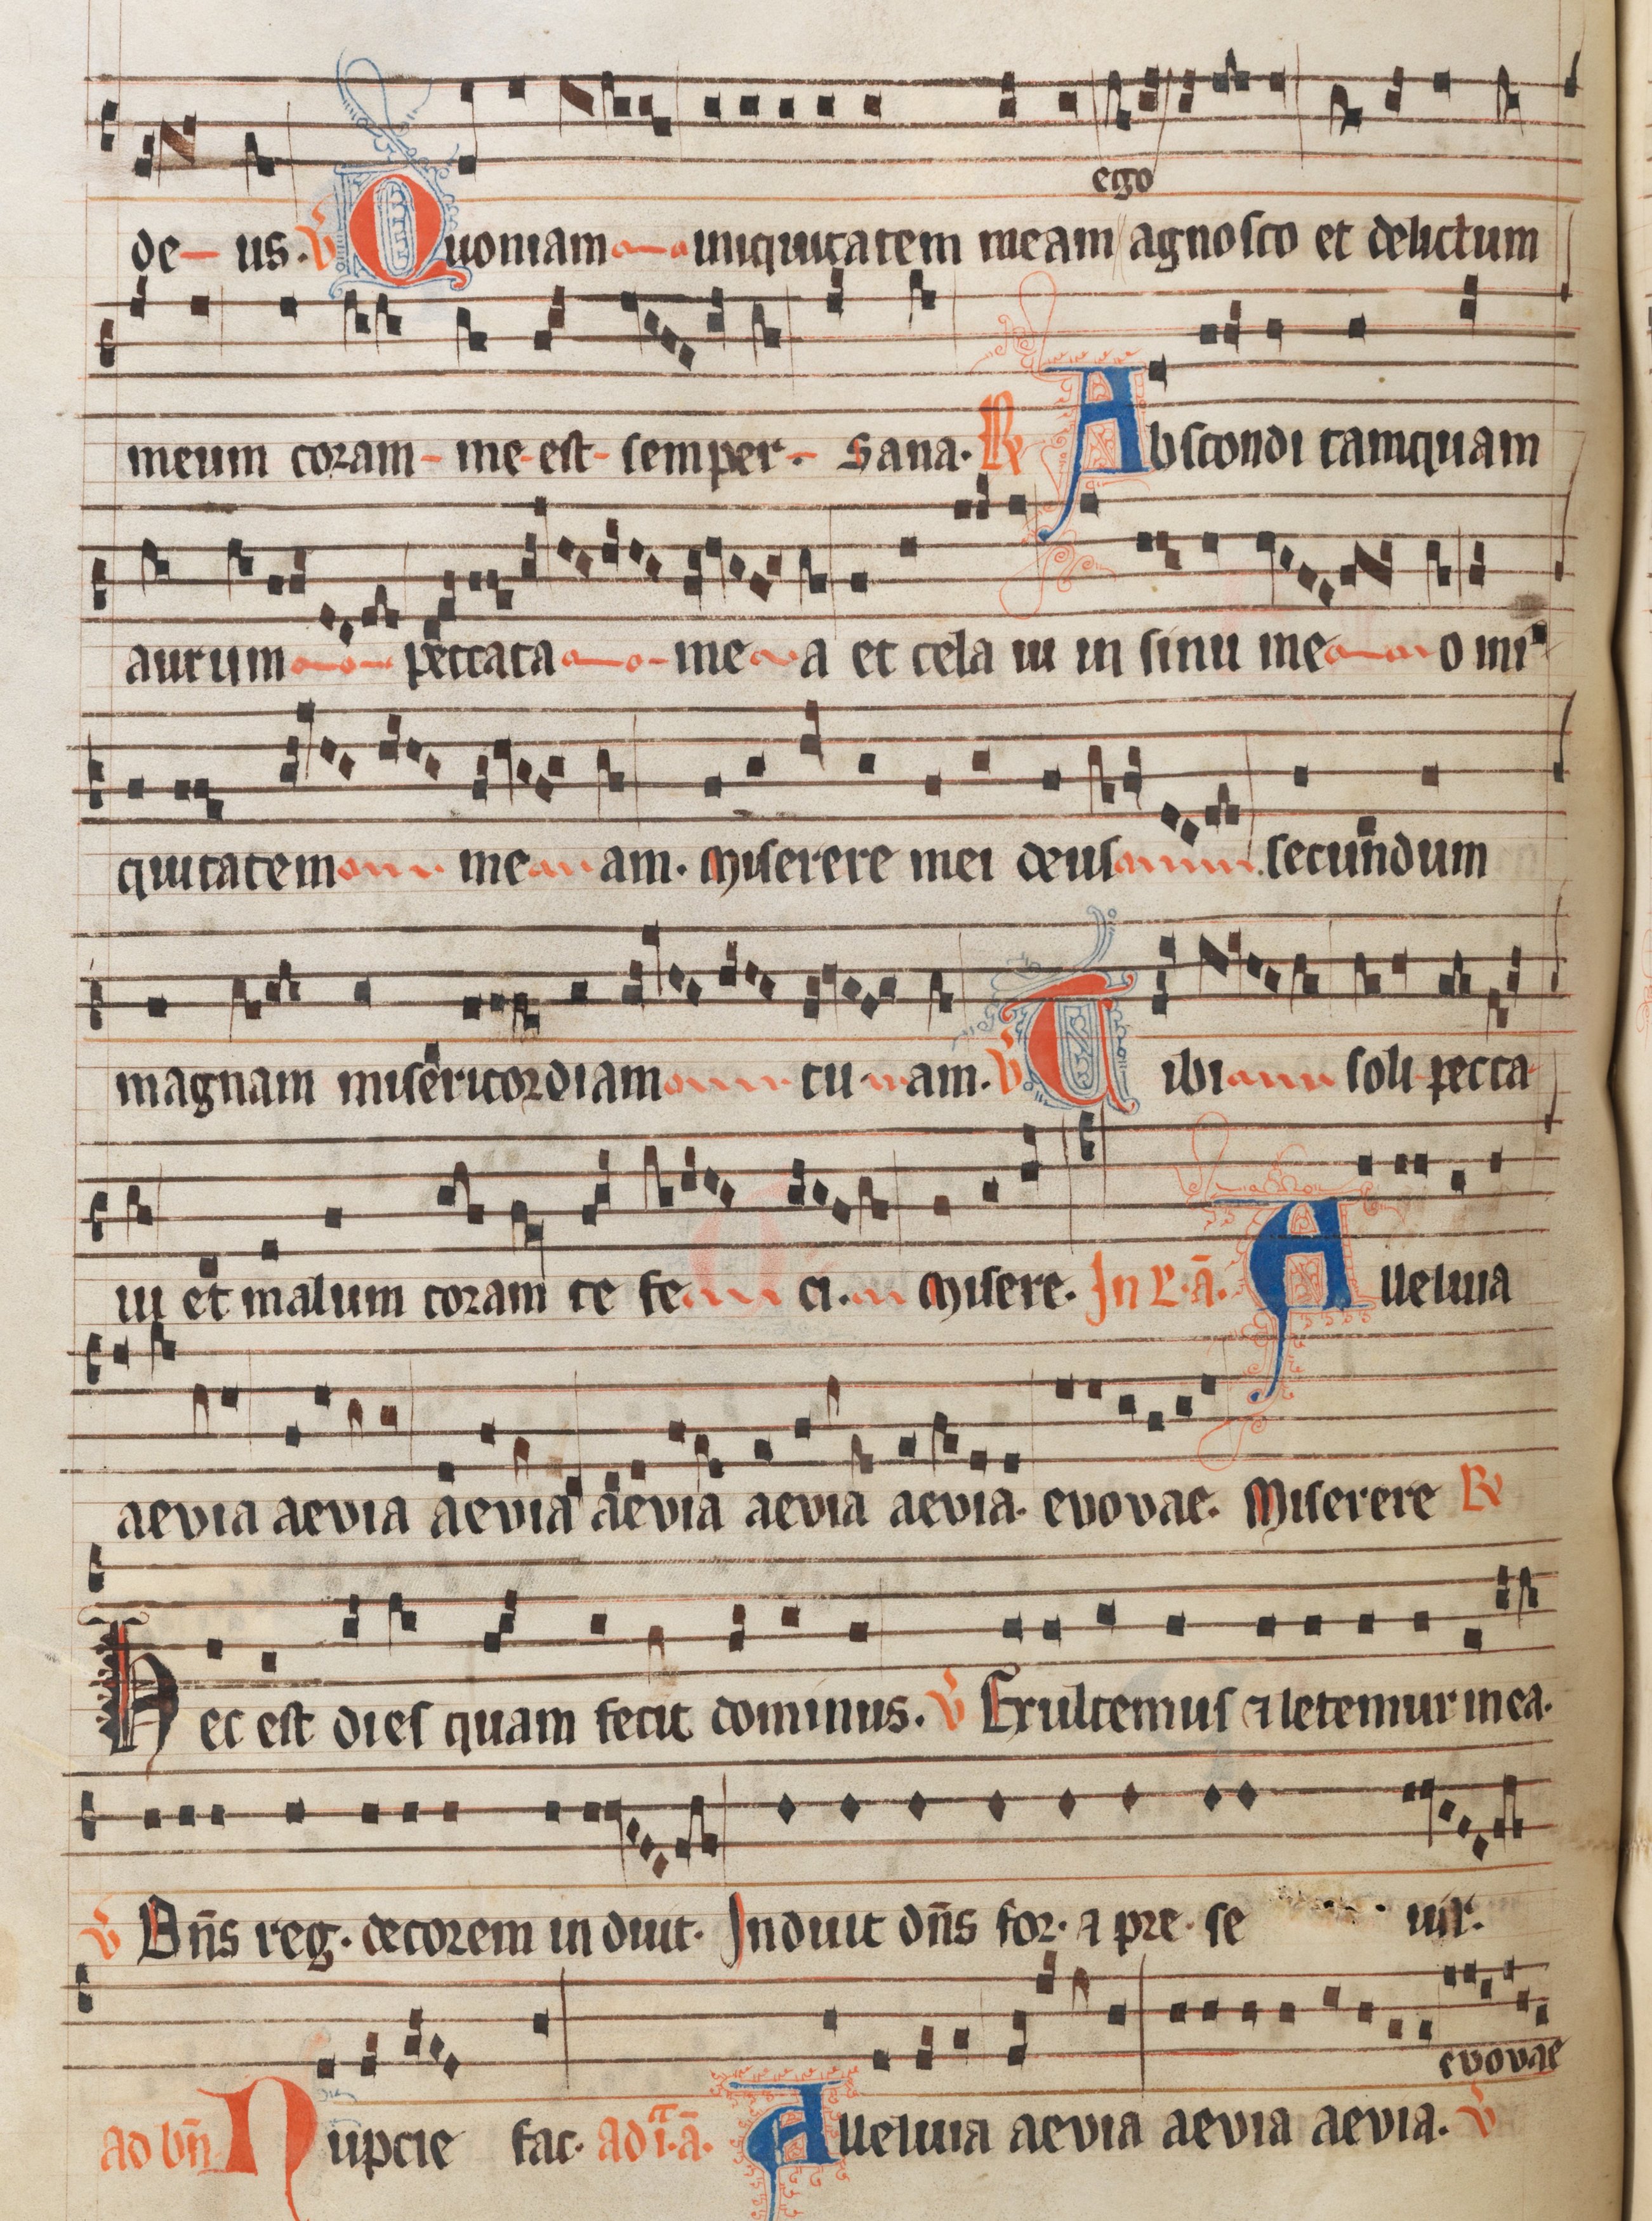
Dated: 1300–1349